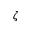
\zeta